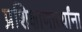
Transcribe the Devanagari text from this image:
प्रशिक्षाणार्त्यांना